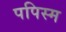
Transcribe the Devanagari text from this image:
पपिस्म